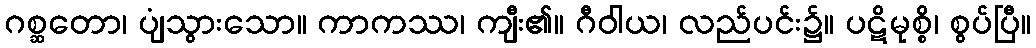
ဂစ္ဆတော၊ ပျံသွားသော။ ကာကဿ၊ ကျီး၏။ ဂီဝါယ၊ လည်ပင်း၌။ ပဋိမုစ္စိ၊ စွပ်ပြီ။